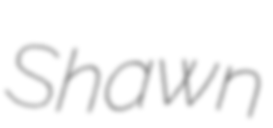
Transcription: Shawn